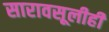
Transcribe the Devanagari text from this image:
सारावसूलीही